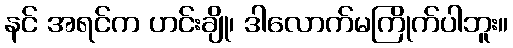
နင် အရင်က ဟင်းချို၊ ဒါလောက်မကြိုက်ပါဘူး။